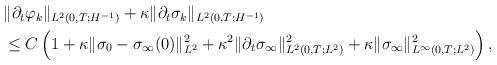
LaTeX: \begin{align*}\begin{aligned}& \| \partial_{t} \varphi_{k}\|_{L^{2}(0,T;H^{-1})} + \kappa \| \partial_{t} \sigma_{k} \|_{L^{2}(0,T;H^{-1})} \\& \leq C \left (1 +\kappa \| \sigma_{0} - \sigma_{\infty}(0)\|_{L^{2}}^{2} + \kappa^{2} \|\partial_{t} \sigma_{\infty}\|_{L^{2}(0,T;L^{2})}^{2} + \kappa \|\sigma_{\infty}\|_{L^{\infty}(0,T;L^{2})}^{2} \right ),\end{aligned}\end{align*}